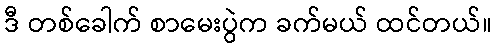
ဒီ တစ်ခေါက် စာမေးပွဲက ခက်မယ် ထင်တယ်။